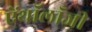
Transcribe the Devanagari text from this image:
ऐंथॉलॉजी